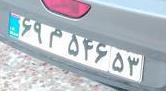
۶۹م۵۴۶۵۳